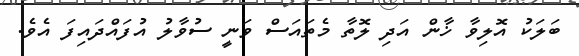
ބަލަކު އޮލިވާ ޚާން އަދި ލޮތާ މެތައަސް ވަނީ ސުވާލު އުފައްދައިފަ އެވެ.